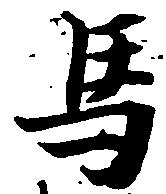
馬